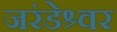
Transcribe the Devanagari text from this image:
जरंडेश्र्वर